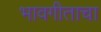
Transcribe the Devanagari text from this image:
भावगीताचा